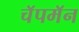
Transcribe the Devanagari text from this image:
चॅपमॅन